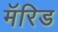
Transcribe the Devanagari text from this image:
मॅरिड